Eesti_Vabariigi_Tartu_Ulikool, lk 239
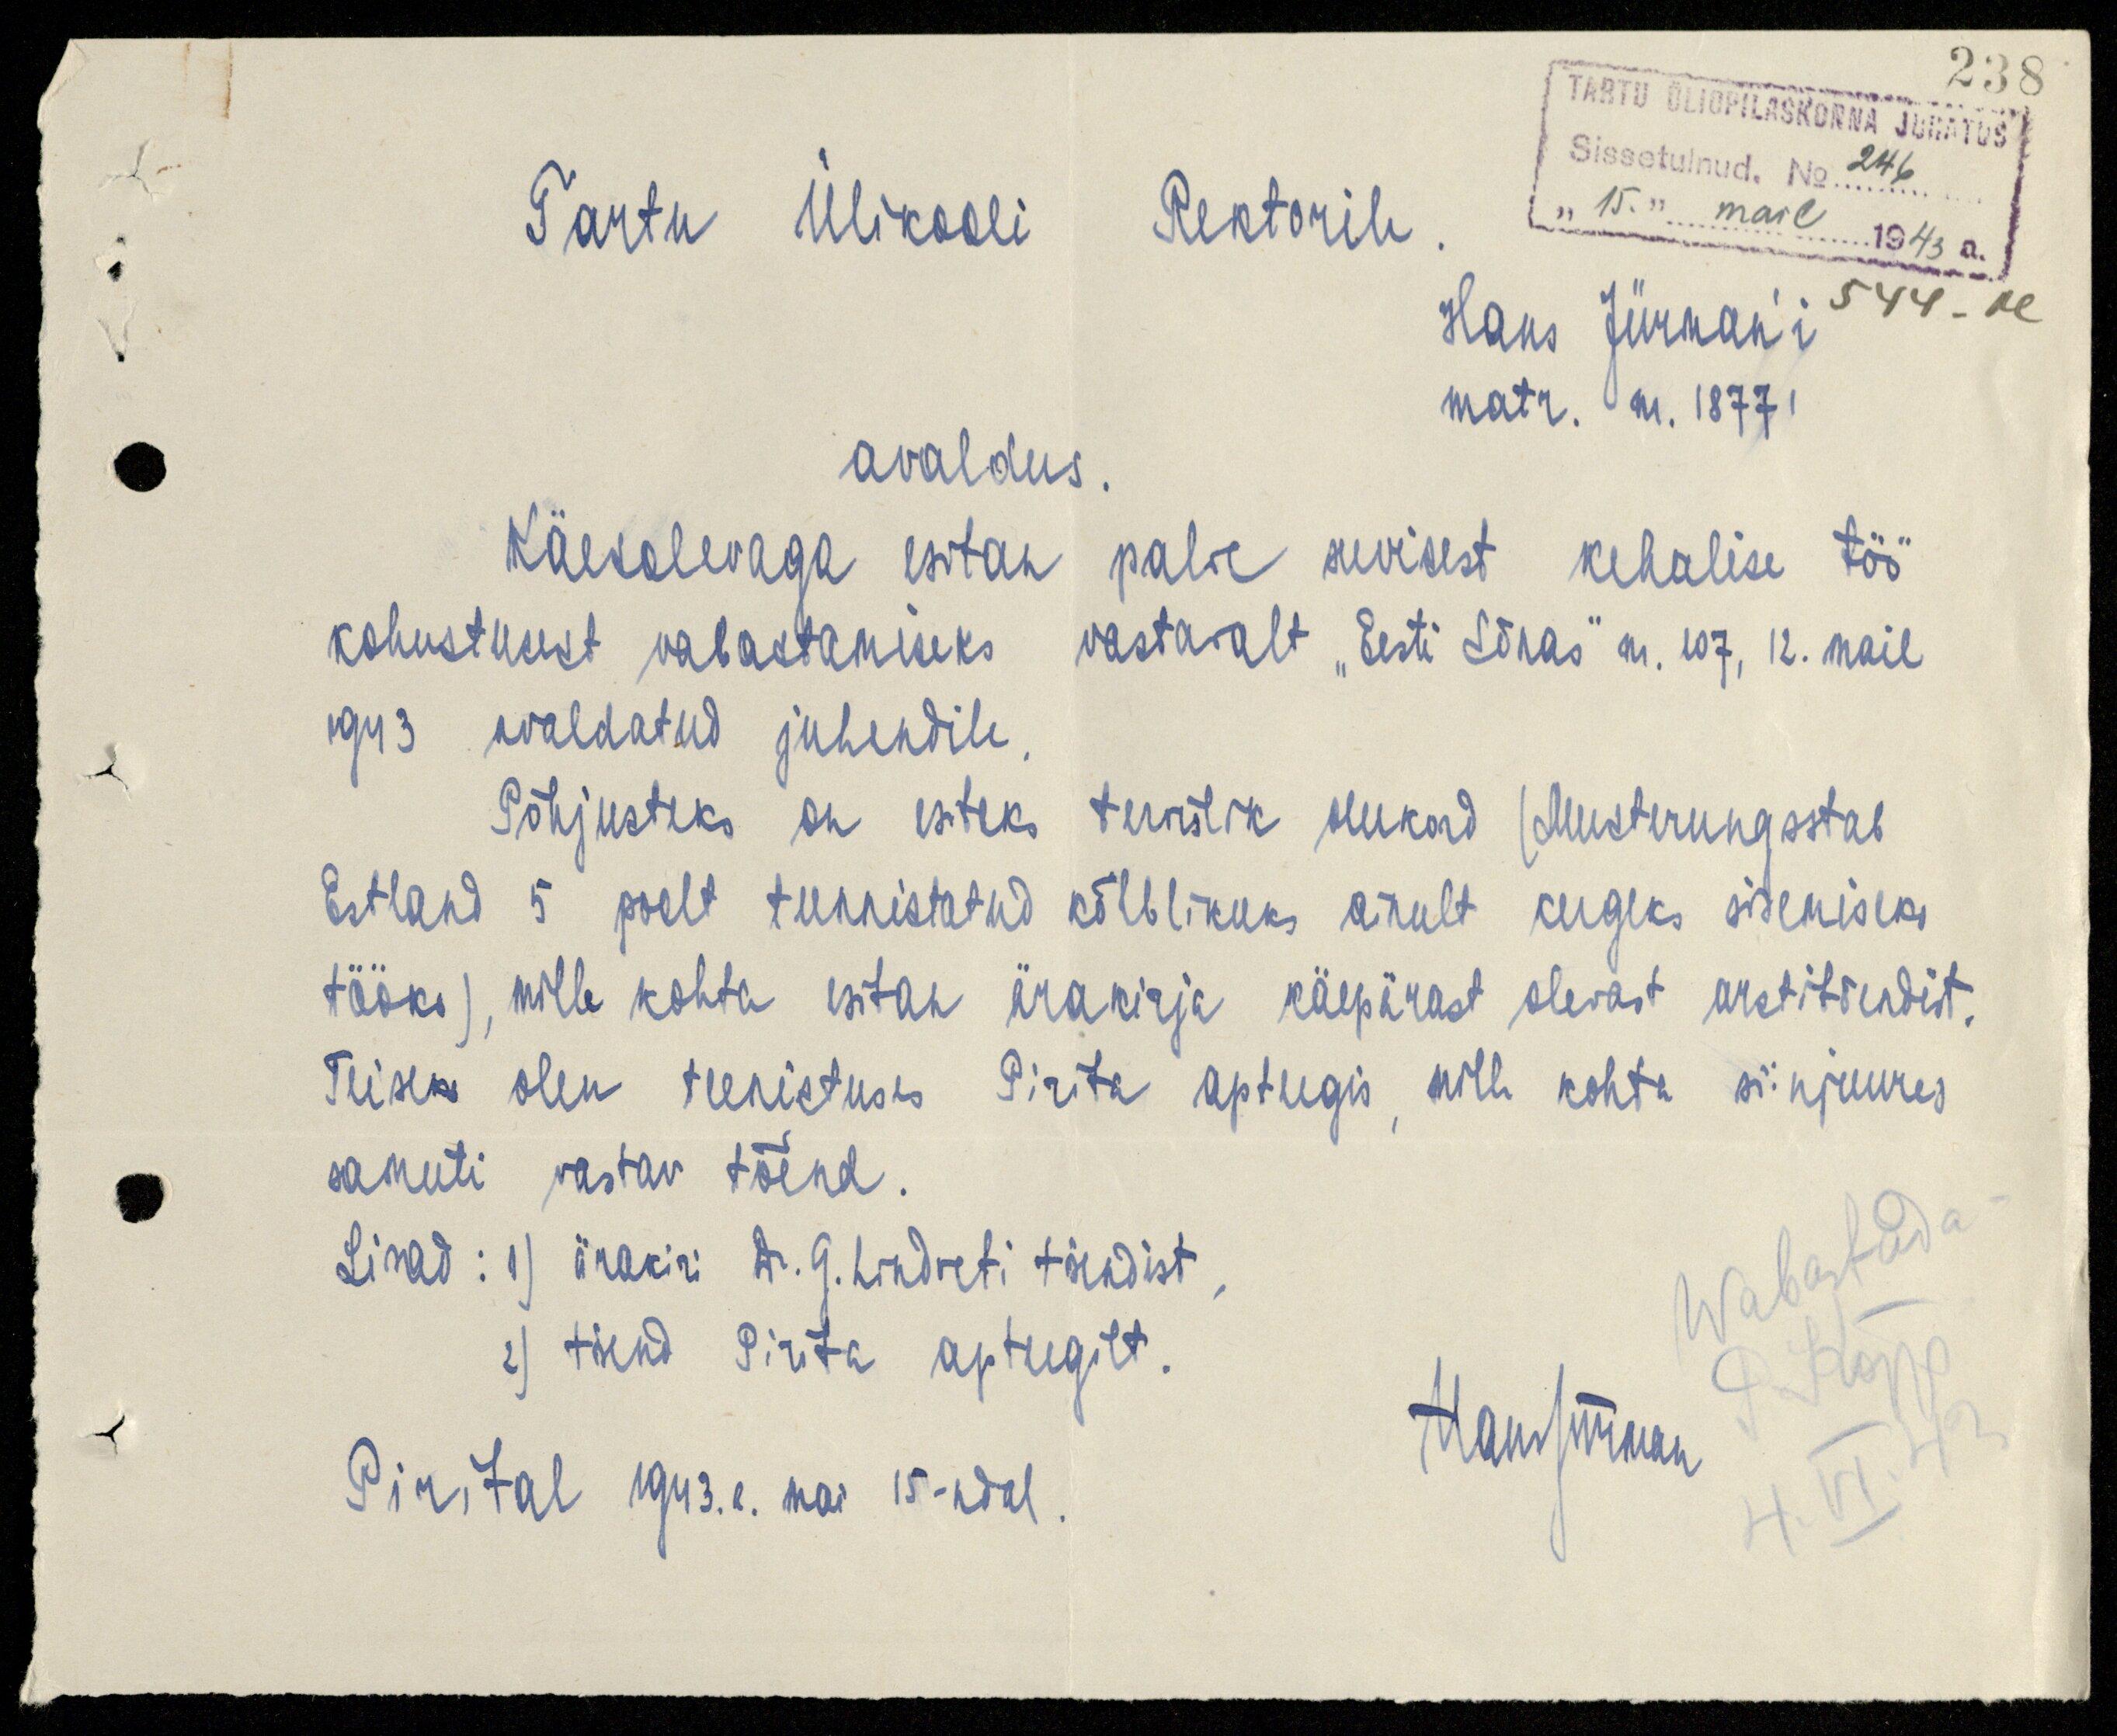
238
TARTU ÜLIÕPILASKONNA JUHATUS
Sissetulnud. No 246
"15." mail 1943 a.
544-M
Tartu Ülikooli
Rektorile
Hans Jürman'i
matr. nr. 18771
avaldus.
Käesolevaga esitan
palve suvisest kehalise töö
kohustusest vabastamiseks
vastavalt "Eesti Sõnas" nr. 107, 12. mail
1943 avaldatud juhendile.
Põhjusteks on esiteks tervislik olukord (Musterungsstab
Estland 5 poolt tunnistatud kõlblikuks ainult kergeks sisemiseks
tööks), mille kohta esitan ärakirja käepärast olevast arstitõendist.
Teiseks olen teenistuses Pirita apteegis, mille kohta siinjuures
samuti vastav tõend.
Lisad: 1) ärakiri Dr. G. Lindreti tõendist,
2) tõend Pirita apteegilt.
Pirital 1943. a. mai 15-ndal.
Hans Jürman
Wabastada
P. Kõpp
4. VI. 43